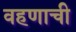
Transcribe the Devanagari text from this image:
वहणाची